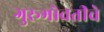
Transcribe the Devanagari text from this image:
गुरूभोवतीचे